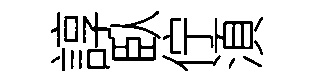
諄臥佇湏